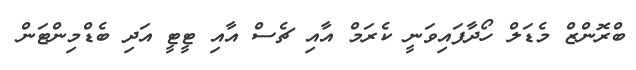
ބްރޮންޒް މެޑަލް ހޯދާފައިވަނީ ކެރަމް އާއި ޗެސް އާއި ޓީޓީ އަދި ބެޑްމިންޓަން